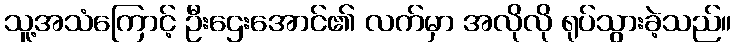
သူ့အသံကြောင့် ဦးဌေးအောင်၏ လက်မှာ အလိုလို ရုပ်သွားခဲ့သည်။